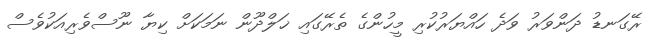
ރޭގަނޑު ދަންވަރު ވަދެ ހައްޔަރުކުރި މީހުންގެ ތެރޭގައި ޚަލްދޫން ނަމަކަށް ކިޔާ ނޫސްވެރިއަކުވެސް